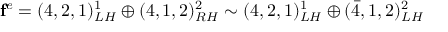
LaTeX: { \bf f } ^ { e } = ( 4 , 2 , 1 ) _ { L H } ^ { 1 } \oplus ( 4 , 1 , 2 ) _ { R H } ^ { 2 } \sim ( 4 , 2 , 1 ) _ { L H } ^ { 1 } \oplus ( \bar { 4 } , 1 , 2 ) _ { L H } ^ { 2 }